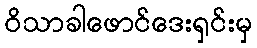
ဝိသာခါဖောင်ဒေးရှင်းမှ